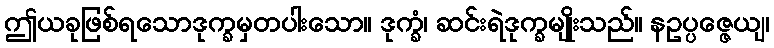
ဤယခုဖြစ်ရသောဒုက္ခမှတပါးသော။ ဒုက္ခံ၊ ဆင်းရဲဒုက္ခမျိုးသည်။ နဥပ္ပဇ္ဇေယျ၊